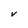
Character: V